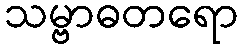
သမ္ဗာဓတရော